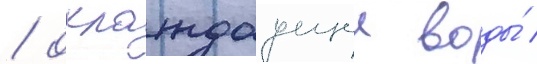
/ охлаждаущеи воды́ /